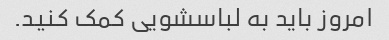
امروز باید به لباسشویی کمک کنید.